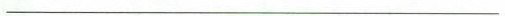
__________________。